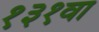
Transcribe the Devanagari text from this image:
१३१वा